Indian journal of veterinary science and animal husbandry - Volume 11,
Year: 1941
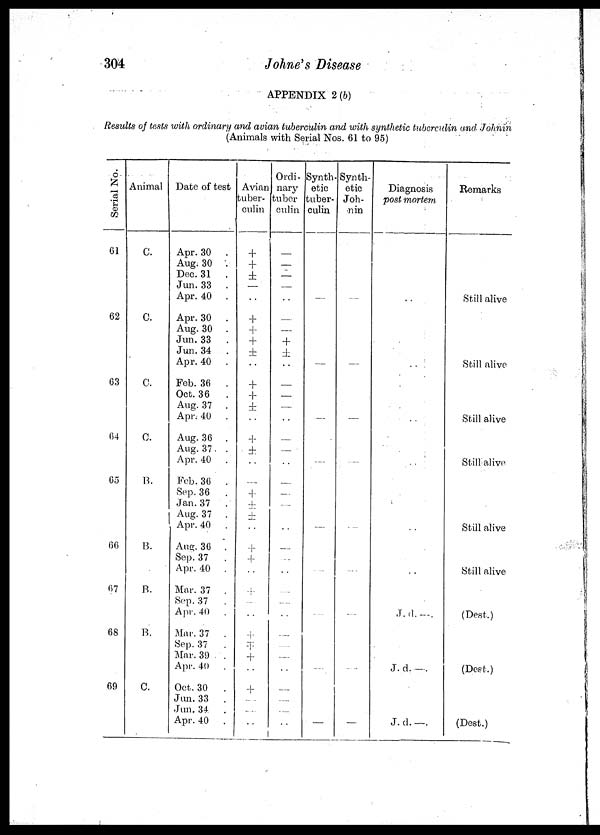
304
Johne's Disease
APPENDIX 2(b)
Results of tests with ordinary and avian tuberculin and with synthetic tuberculin and Johnin
(Animals with Serial Nos. 61 to 95)
Serial No.
61
62
63
64
65
66
67
68
69
Animal
C.
C.
C.
C.
B.
B.
B.
B.
C.
Date of test
Apr. 30 .
Aug. 30 .
Dec. 31 .
Jun. 33 .
Apr. 40 .
Apr. 30 .
Aug. 30 .
Jun. 33 .
Jun.34
.
Apr. 40 .
Feb. 36 .
Oct. 36
.
Aug. 37 .
Apr. 40 .
Aug. 36 .
Aug. 37. .
Apr. 40 .
Feb.36
.
Sep.36 .
Jan. 37 .
Aug. 37 .
Apr. 40 .
Aug. 36 .
Sep. 37 .
Apr. 40 .
Mar. 37 .
Sep.37
.
Apr. 40 .
Mar. 37 .
Sep. 37 .
Mar. 39 .
Apr. 40 .
Oct. 30 .
Jun.33 .
Jun.34
.
Apr. 40 .
Avian
tuber-
culin
+
+
±
—
. .
+
+
+
±
. .
+
+ +
. .
+
±
. .
—
+
±
±
. .
+
+
. .
+
—
. .
+
Ŧ
+
. .
+
—
—
. .
Ordi-
nary
tuber
culin
—
—
—
—
. .
—
—
+
±
. .
—
—
—
. .
—
—
. .
—
—
—
. .
—
—
. .
—
—
. .
—
—
—
. .
—
—
—
. .
Synth
etic
tuber-
culin
—
—
—
—
—
—
—
—
—
Synth-
etic
Joh-
nin
—
—
—
—
—
—
—
—
—
Diagnosis
post mortem
. .
. .
. .
. .
. .
J.d. —.
J. d —.
J. d. —.
Remarks
Still alive
Still alive
Still alive
Still alive
Still alive
Still alive
(Dest.)
(Dest.)
(Dest.)